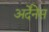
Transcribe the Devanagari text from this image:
अर्देंनेस